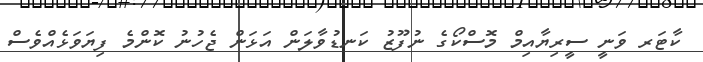
ކާޓަރ ވަނީ ސީރިޔާއިމް މޮސްކޯގެ ނުފޫޒު ކަނޑުވާލަން އަޅަން ޖެހުނު ކޮންމެ ފިޔަވަޅެއްވެސް